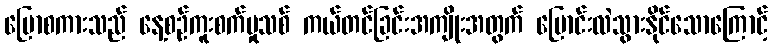
ပြောစကားသည် နေ့စဉ်ကူးစက်မှုသစ် ကယ်တင်ခြင်းအကျိုးအတွက် ပြောင်းလဲသွားနိုင်သောကြောင့်